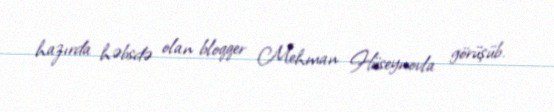
hazırda həbsdə olan bloqqer Mehman Hüseynovla görüşüb.